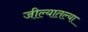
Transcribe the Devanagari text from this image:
जील्यातल्या